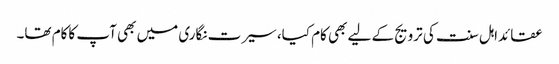
عقائداہل سنت کی ترویج کے لیے بھی کام کیا، سیرت نگاری میں بھی آپ کاکام تھا۔